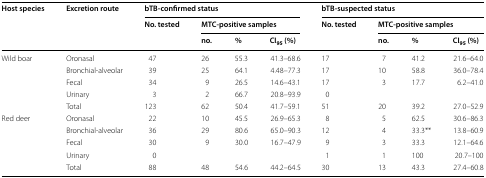
<table><thead><tr><td rowspan="3"><b>Host species</b></td><td rowspan="3"><b>Excretion route</b></td><td colspan="4"><b>bTB-confirmed status</b></td><td colspan="4"><b>bTB-suspected status</b></td></tr><tr><td><b>No. tested</b></td><td colspan="3"><b>MTC-positive samples</b></td><td><b>No. tested</b></td><td colspan="3"><b>MTC-positive samples</b></td></tr><tr><td></td><td><b>no.</b></td><td><b>%</b></td><td><b>CI<sub>95</sub> (%)</b></td><td></td><td><b>no.</b></td><td><b>%</b></td><td><b>CI<sub>95</sub> (%)</b></td></tr></thead><tbody><tr><td rowspan="5">Wild boar</td><td>Oronasal</td><td>47</td><td>26</td><td>55.3</td><td>41.3–68.6</td><td>17</td><td>7</td><td>41.2</td><td>21.6–64.0</td></tr><tr><td>Bronchial-alveolar</td><td>39</td><td>25</td><td>64.1</td><td>4.48–77.3</td><td>17</td><td>10</td><td>58.8</td><td>36.0–78.4</td></tr><tr><td>Fecal</td><td>34</td><td>9</td><td>26.5</td><td>14.6–43.1</td><td>17</td><td>3</td><td>17.7</td><td>6.2–41.0</td></tr><tr><td>Urinary</td><td>3</td><td>2</td><td>66.7</td><td>20.8–93.9</td><td>0</td><td></td><td></td><td></td></tr><tr><td>Total</td><td>123</td><td>62</td><td>50.4</td><td>41.7–59.1</td><td>51</td><td>20</td><td>39.2</td><td>27.0–52.9</td></tr><tr><td rowspan="5">Red deer</td><td>Oronasal</td><td>22</td><td>10</td><td>45.5</td><td>26.9–65.3</td><td>8</td><td>5</td><td>62.5</td><td>30.6–86.3</td></tr><tr><td>Bronchial-alveolar</td><td>36</td><td>29</td><td>80.6</td><td>65.0–90.3</td><td>12</td><td>4</td><td>33.3**</td><td>13.8–60.9</td></tr><tr><td>Fecal</td><td>30</td><td>9</td><td>30.0</td><td>16.7–47.9</td><td>9</td><td>3</td><td>33.3</td><td>12.1–64.6</td></tr><tr><td>Urinary</td><td>0</td><td></td><td></td><td></td><td>1</td><td>1</td><td>100</td><td>20.7–100</td></tr><tr><td>Total</td><td>88</td><td>48</td><td>54.6</td><td>44.2–64.5</td><td>30</td><td>13</td><td>43.3</td><td>27.4–60.8</td></tr></tbody></table>